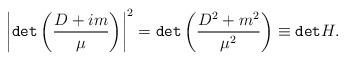
LaTeX: \begin{align*}\left|{\tt {det}}\left(\frac{D+im}{\mu}\right)\right|^2={\tt {det}}\left(\frac{D^2+m^2}{\mu^2}\right)\equiv {\tt det}H.\end{align*}